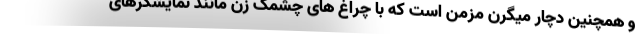
و همچنین دچار میگرن مزمن است که با چراغ های چشمک زن مانند نمایشگرهای